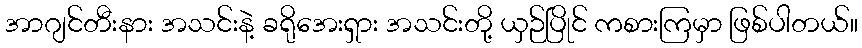
အာဂျင်တီးနား အသင်းနဲ့ ခရိုအေးရှား အသင်းတို့ ယှဉ်ပြိုင် ကစားကြမှာ ဖြစ်ပါတယ်။